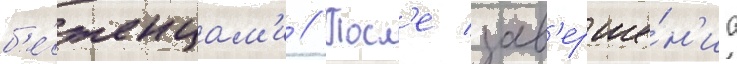
б'е́женцам'и // Посл'е зав'ерше́н'иа